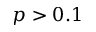
p > 0 . 1